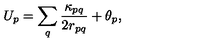
U _ { p } = \sum _ { q } \frac { \kappa _ { p q } } { 2 r _ { p q } } + \theta _ { p } ,